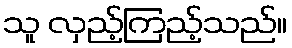
သူ လှည့်ကြည့်သည်။